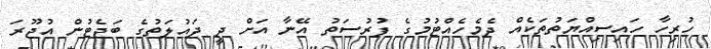
ހުރިހާ ހައިސިއްޔަތުތަކެއް ދެމެހެއްޓުމުގެ ފުރުސަތު އޭނާ އަށް ދީ ދައުލަތުގެ ބަޖެޓުން އުޖޫރަ